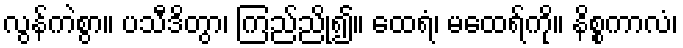
လွန်ကဲစွာ။ ပသီဒိတွာ၊ ကြည်ညို၍။ ထေရံ၊ မထေရ်ကို။ နိစ္စကာလံ၊